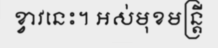
ខ្វាវនេះ។ អស់មុខមន្ត្រី